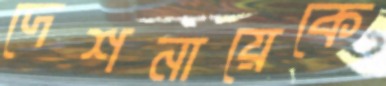
দেশনায়েকে